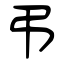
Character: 弔